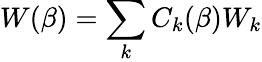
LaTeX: W(\beta)=\sum_{k}C_{k}(\beta)W_{k}